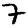
Digit: 7